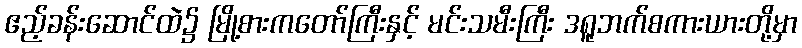
ဧည့်ခန်းဆောင်ထဲ၌ မြို့စားကတော်ကြီးနှင့် မင်းသမီးကြီး ဒရူဘက်စကားယားတို့မှာ